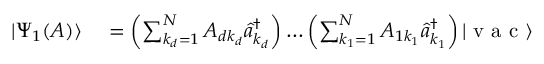
\begin{array} { r l } { | \Psi _ { 1 } ( A ) \rangle } & { { } = \left( \sum _ { k _ { d } = 1 } ^ { N } A _ { d k _ { d } } \hat { a } _ { k _ { d } } ^ { \dagger } \right) \ldots \left( \sum _ { k _ { 1 } = 1 } ^ { N } A _ { 1 k _ { 1 } } \hat { a } _ { k _ { 1 } } ^ { \dagger } \right) | \textrm { v a c } \rangle } \end{array}